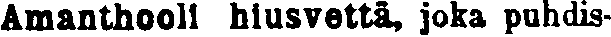
Amanthooli hiusvettä, joka puhdis-